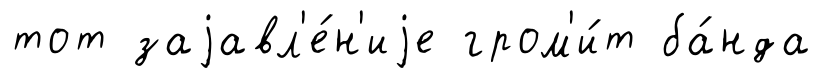
тот заjавл'е́н'иjе гром'и́т ба́нда